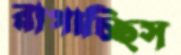
রাগাচ্ছিস